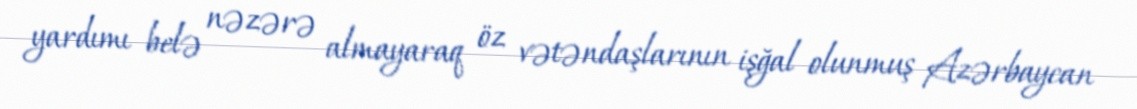
yardımı belə nəzərə almayaraq öz vətəndaşlarının işğal olunmuş Azərbaycan